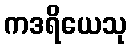
ကဒရိယေသု